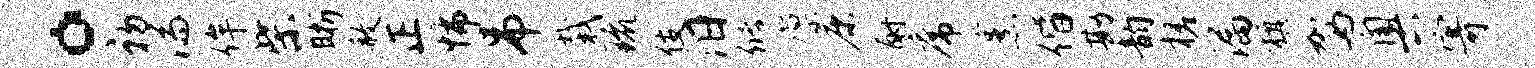
。初湍侔柴晰赦正怖吊栽琉伎汨储廪康酹席烹偕勘韵槎漏旗驾奥寄